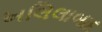
ખલિલાબાદ